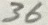
Text: 36